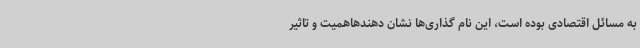
به مسائل اقتصادی بوده است، این نام گذاری‌ها نشان دهندهاهمیت و تاثیر